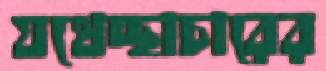
যথেচ্ছাচারের